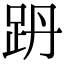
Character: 𧿜